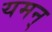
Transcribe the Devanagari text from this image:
यमन्